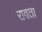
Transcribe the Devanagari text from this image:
रावता